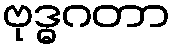
ဗုဒ္ဓဂတာ